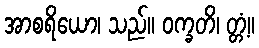
အာစရိယော၊ သည်။ ဝက္ခတိ၊ တ္တံ့။